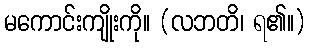
မကောင်းကျိုးကို။ (လဘတိ၊ ရ၏။)